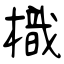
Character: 樴